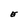
Character: E